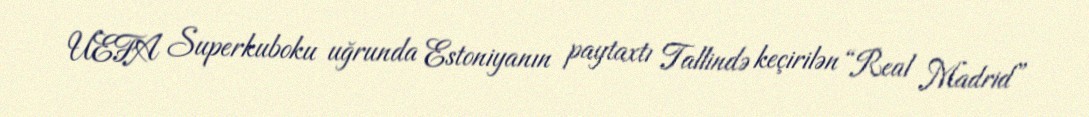
UEFA Superkuboku uğrunda Estoniyanın paytaxtı Tallində keçirilən “Real Madrid”